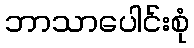
ဘာသာပေါင်းစုံ